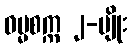
ဓမ္မစက္က ၂-မျိုး